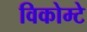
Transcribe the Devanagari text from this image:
विकोम्‍टे